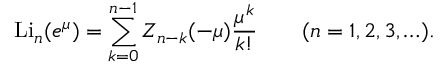
\operatorname { L i } _ { n } ( e ^ { \mu } ) = \sum _ { k = 0 } ^ { n - 1 } Z _ { n - k } ( - \mu ) { \frac { \mu ^ { k } } { k ! } } \qquad ( n = 1 , 2 , 3 , \ldots ) .